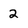
Character: 2